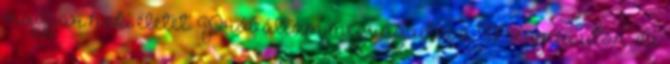
magyar hoki életet. Próbáltam megragadni a Megyeri úton, de